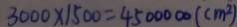
3 0 0 0 \times 1 5 0 0 = 4 5 0 0 0 0 0 ( c m ^ { 2 } )